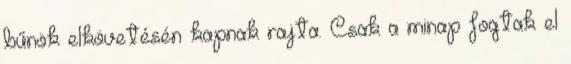
bűnök elkövetésén kapnak rajta. Csak a minap fogtak el